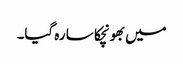
میں بھونچکا سا رہ گیا۔